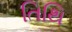
તિથિ